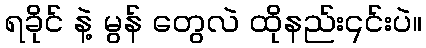
ရခိုင် နဲ့ မွန် တွေလဲ ထိုနည်း၎င်းပဲ။